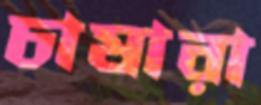
চাষারা